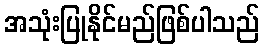
အသုံးပြုနိုင်မည်ဖြစ်ပါသည်